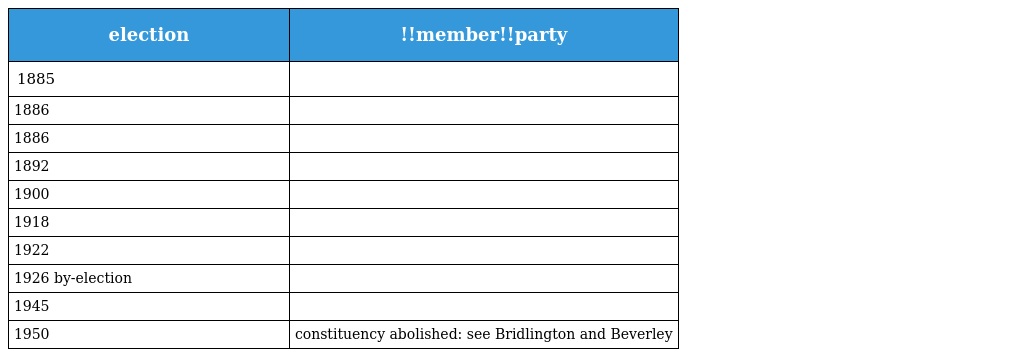
| election | !!member!!party |
 | --- | --- |
 | 1885 |  |
 | 1886 |  |
 | 1886 |  |
 | 1892 |  |
 | 1900 |  |
 | 1918 |  |
 | 1922 |  |
 | 1926 by-election |  |
 | 1945 |  |
 | 1950 | constituency abolished: see Bridlington and Beverley |